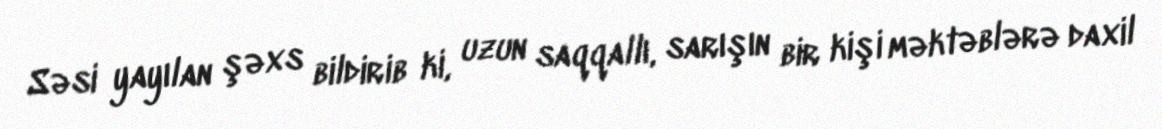
Səsi yayılan şəxs bildirib ki, uzun saqqallı, sarışın bir kişi məktəblərə daxil